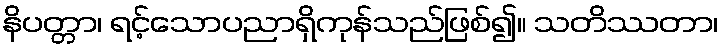
နိပတ္တာ၊ ရင့်သောပညာရှိကုန်သည်ဖြစ်၍။ သတိဿတာ၊